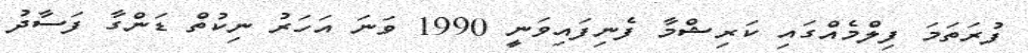
ފުރަތަމަ ފިލްމެއްގައި ކަރިޝްމާ ފެނިފައިވަނީ 1990 ވަނަ އަހަރު ނިކުތް ޑަންގާ ފަސާދު